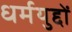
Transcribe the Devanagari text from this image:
धर्मयुद्दों